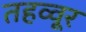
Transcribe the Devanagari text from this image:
तहव्वूर